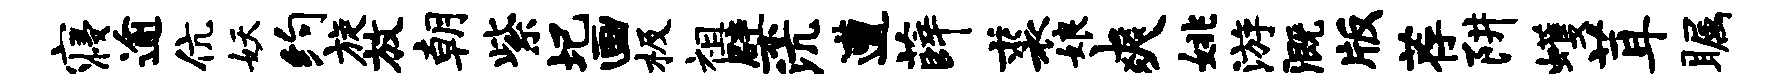
寝逾伉妖约旋放朝紫圯画极祖檗沆遭薛裘娘爽姚游溉版荐阱蠖茸瞩